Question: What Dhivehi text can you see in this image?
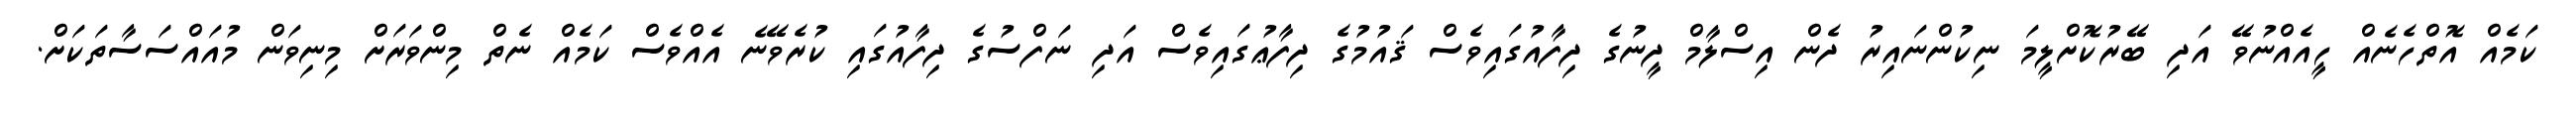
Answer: ކަމެއް އޮތްހެނެއް ހީއެއްނުވޭ އަދި ބޭރުކޮށްލީމަ ނިކުންނައިރު ދެން އިސްލާމް ދީނުގެ ދިފާއުގައިވެސް ޤައުމުގެ ދިފާޢުގައިވެސް އަދި ނަފްސުގެ ދިފާއުގައި ކުރެވޭނެ އެއްވެސް ކަމެއް ނެތް މިންވަރަށް މިނިވަން މުއައްސަސާތަކަށް.